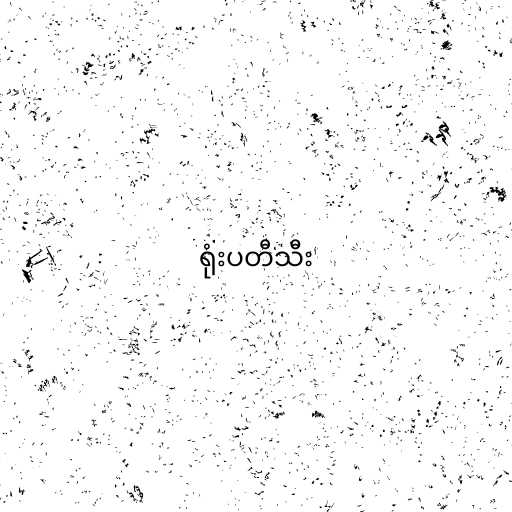
ရုံးပတီသီး